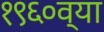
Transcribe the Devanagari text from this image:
१९६०व्या